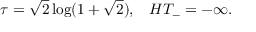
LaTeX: \tau = \sqrt { 2 } \log ( 1 + \sqrt { 2 } ) , \; \; \; H T _ { - } = - \infty .